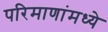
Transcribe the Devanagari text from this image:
परिमाणांमध्ये